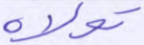
تولاه